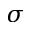
\sigma